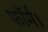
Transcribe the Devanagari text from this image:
फॉर्म।